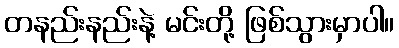
တနည်းနည်းနဲ့ မင်းတို့ ဖြစ်သွားမှာပါ။